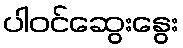
ပါဝင်ဆွေးနွေး